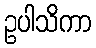
ဥပါသိကာ